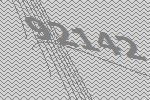
92142